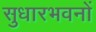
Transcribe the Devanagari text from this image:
सुधारभवनों